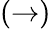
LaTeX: (\to)